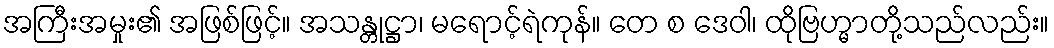
အကြီးအမှုး၏ အဖြစ်ဖြင့်။ အသန္တုဋ္ဌာ၊ မရောင့်ရဲကုန်။ တေ စ ဒေဝါ၊ ထိုဗြဟ္မာတို့သည်လည်း။